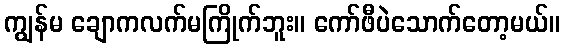
ကျွန်မ ချောကလက်မကြိုက်ဘူး။ ကော်ဖီပဲသောက်တော့မယ်။